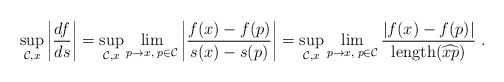
\begin{align*}\sup_{\mathcal{C},x} \left|\frac{df}{ds}\right| =\sup_{\mathcal{C},x} \lim_{p\to x,\;p \in \mathcal{C}} \left|\frac{f(x)-f(p)}{s(x)-s(p)}\right| =\sup_{\mathcal{C},x} \lim_{p\to x,\;p \in \mathcal{C}} \frac{|f(x)-f(p)|}{\mathrm{length}(\widehat{xp})}~.\end{align*}